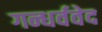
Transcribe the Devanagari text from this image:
गन्धर्ववेद